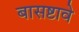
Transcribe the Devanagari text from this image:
बासष्टावे